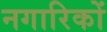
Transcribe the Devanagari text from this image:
नगारिकों